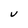
Character: v